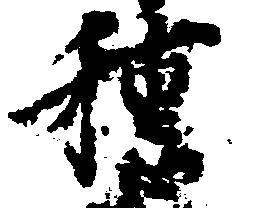
種